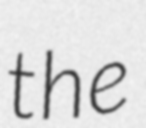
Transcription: the